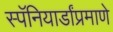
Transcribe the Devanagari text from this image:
स्पॅनियार्डांप्रमाणे